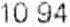
10.94